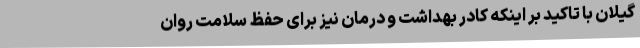
گیلان با تاکید بر اینکه کادر بهداشت و درمان نیز برای حفظ سلامت روان